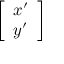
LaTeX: \left[ \begin{array} { l } { x ^ { \prime } } \\ { y ^ { \prime } } \end{array} \right]